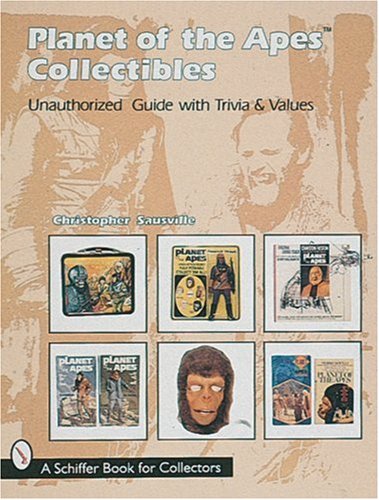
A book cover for Planet of the Apes Collectibles: Unauthorized Guide With Trivia & Values (A Schiffer Book for Collectors); Christopher Sausville; Crafts, Hobbies & Home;